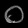
Digit: ၀